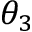
\theta _ { 3 }